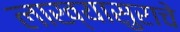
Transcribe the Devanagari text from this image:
लाख्यासुराचे